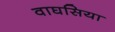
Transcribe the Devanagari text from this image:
वाघसिया